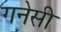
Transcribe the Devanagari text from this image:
गनेसी